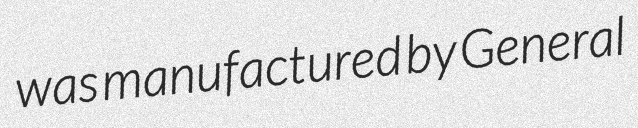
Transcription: was manufactured by General